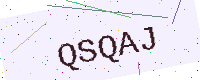
Text: QSQAJ